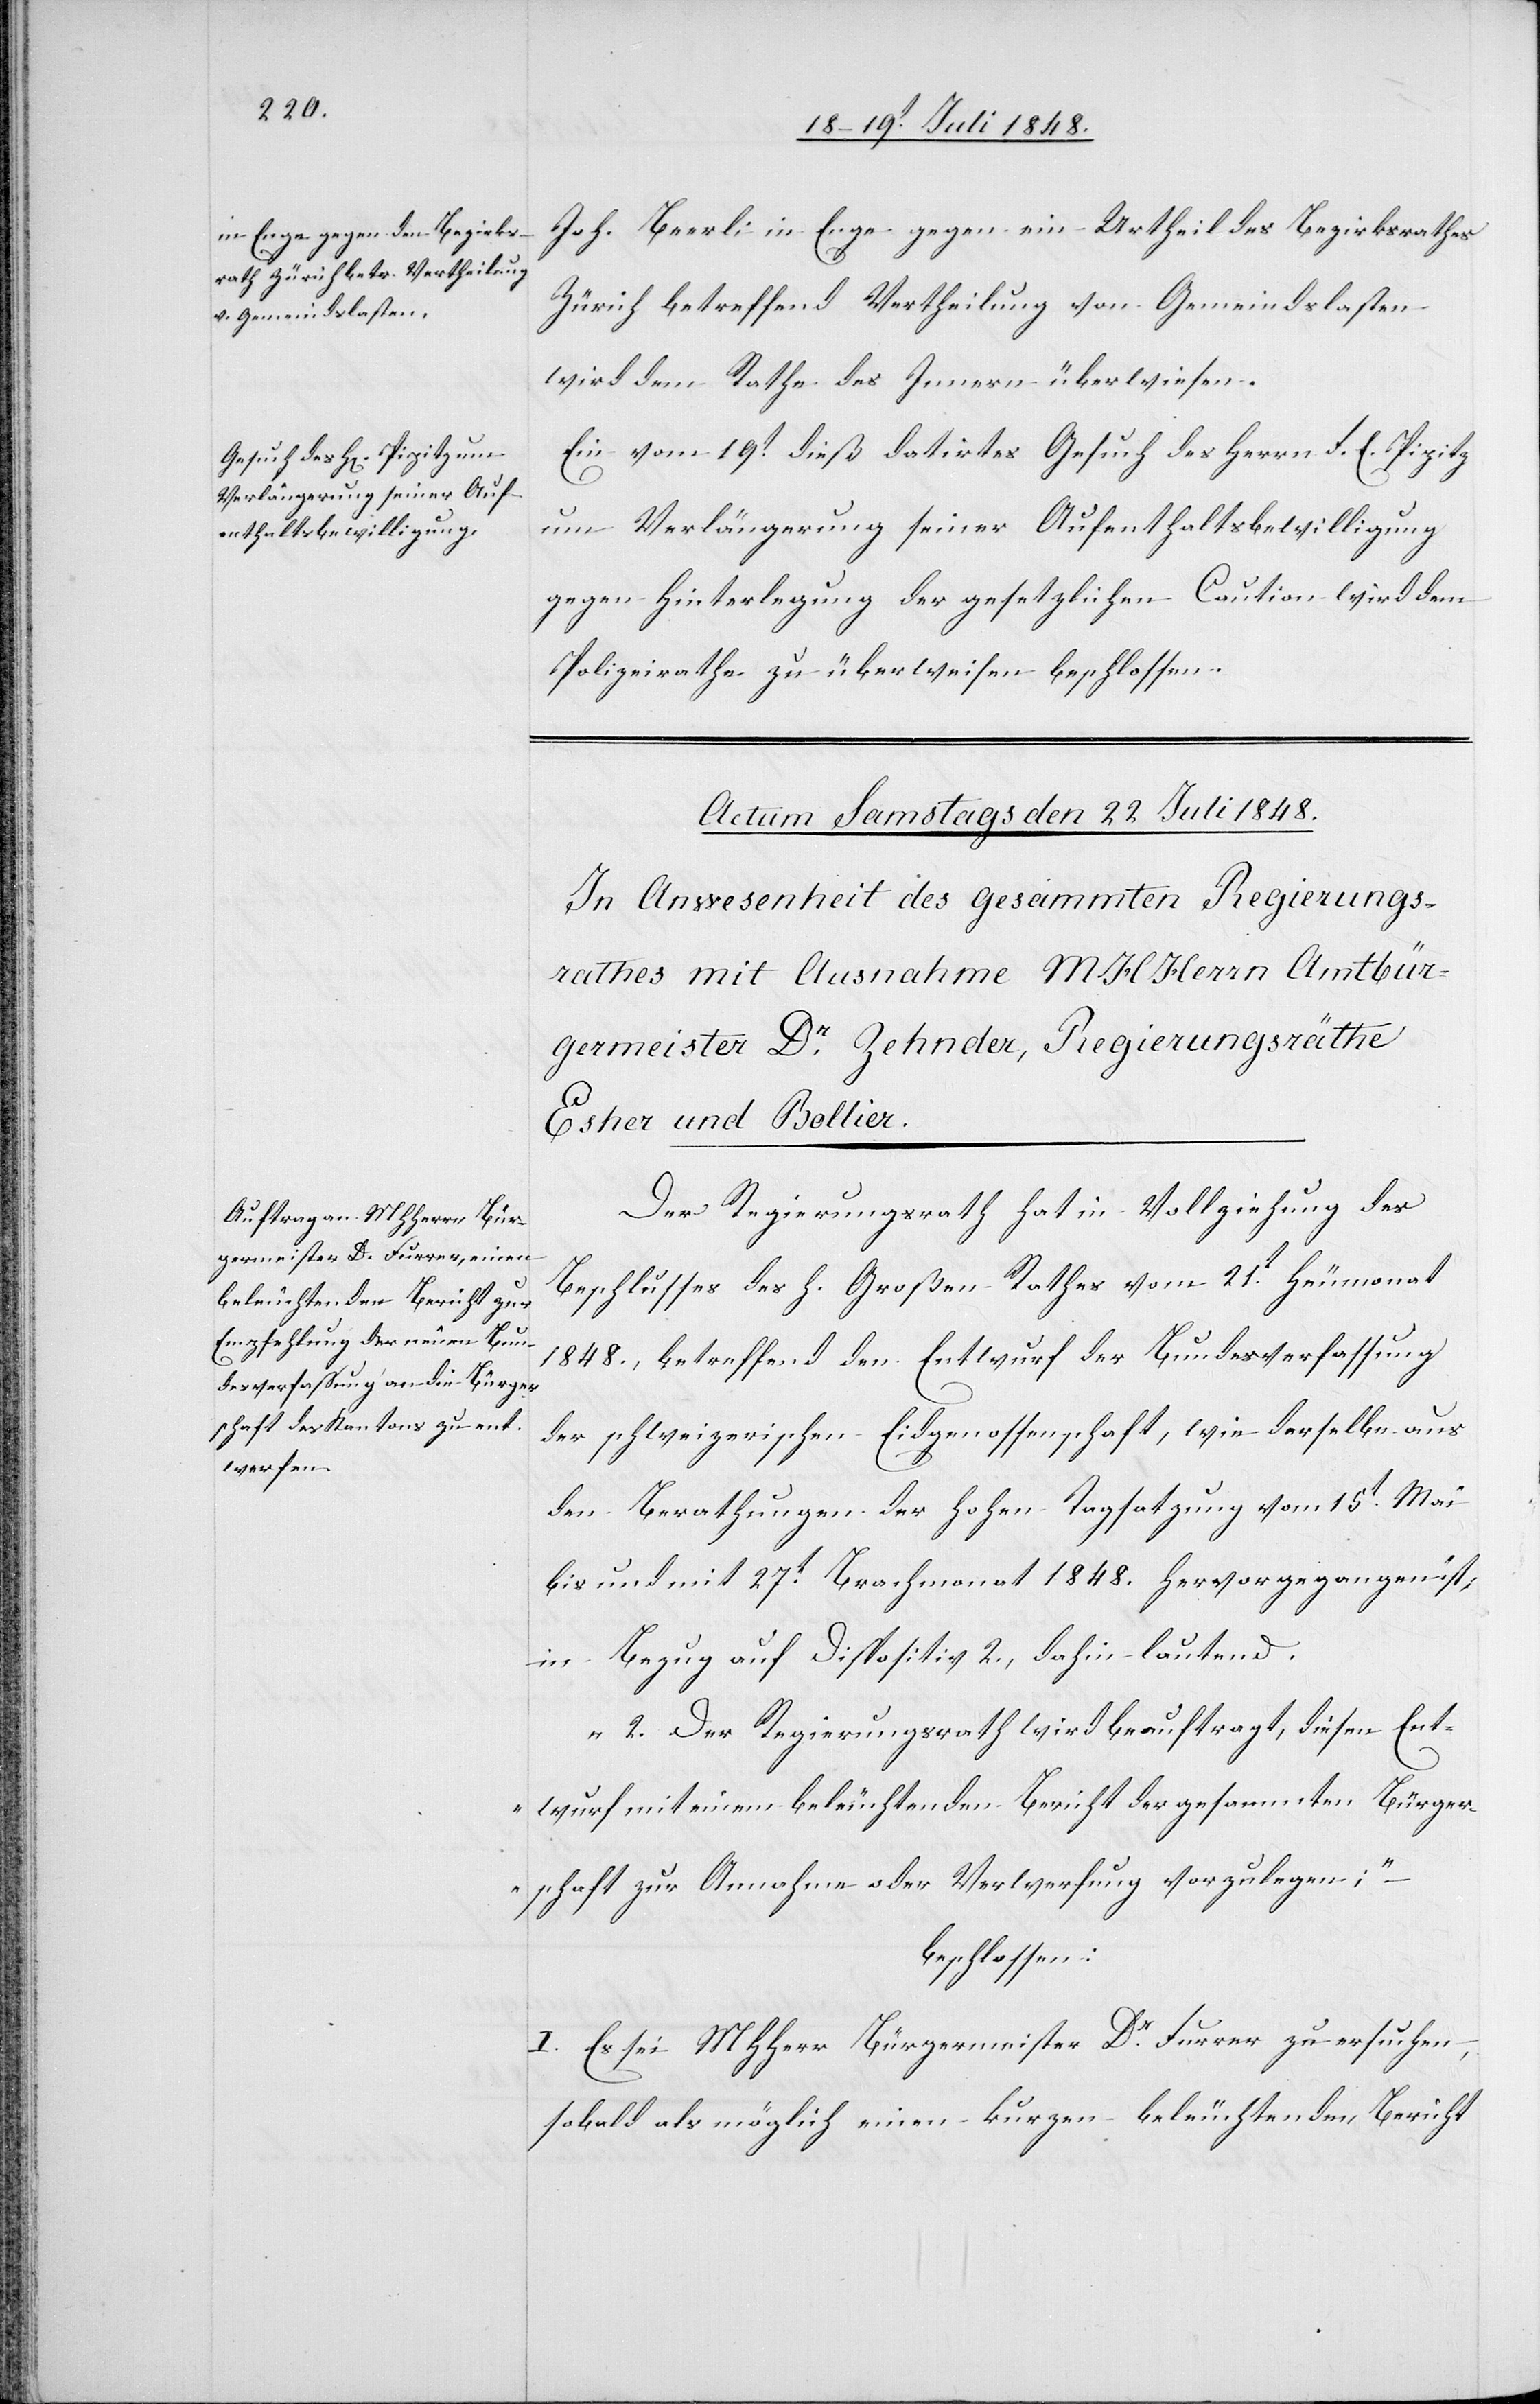
Joh. Beerli in Enge gegen ein Urtheil des Bezirksrathes
Zürich betreffend Vertheilung von Gemeindslasten
wird dem Rathe des Innern überwiesen.
Ein vom 19t dieß datirtes Gesuch des Herrn F. E. Pipitz
um Verlängerung seiner Aufenthaltsbewilligung
gegen Hinterlegung der gesetzlichen Caution wird dem
Polizeirathe zu überweisen beschlossen.
Der Regierungsrath hat in Vollziehung des
Beschlusses des h. Großen Rathes vom 21t Heumonat
1848., betreffend den Entwurf der Bundesverfassung
der schweizerischen Eidgenossenschaft, wie derselbe aus
den Berathungen der hohen Tagsatzung vom 15t Mai
bis und mit 27t Brachmonat 1848. hervorgegangen ist,
in Bezug auf Dispositiv 2., dahin lautend:
„2. Der Regierungsrath wird beauftragt, diesen Ent¬
wurf in einem beleuchtenden Bericht der gesammten Bürger¬
schaft zur Annahme oder Verwerfung vorzulegen;“
beschlossen:
I. Es sei MHHerr Bürgermeister Dr Furrer zu ersuchen,
sobald als möglich einen kurzen beleuchtenden Bericht